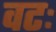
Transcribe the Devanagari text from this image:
वटः